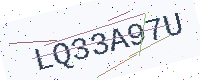
Text: LQ33A97U